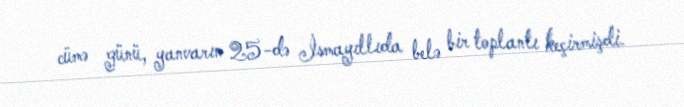
cümə günü, yanvarın 25-də İsmayıllıda belə bir toplantı keçirmişdi.